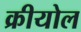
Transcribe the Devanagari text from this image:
क्रीयोल